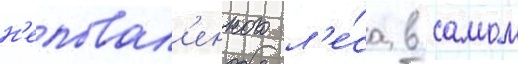
н'еповал'енного л'е́са в самом